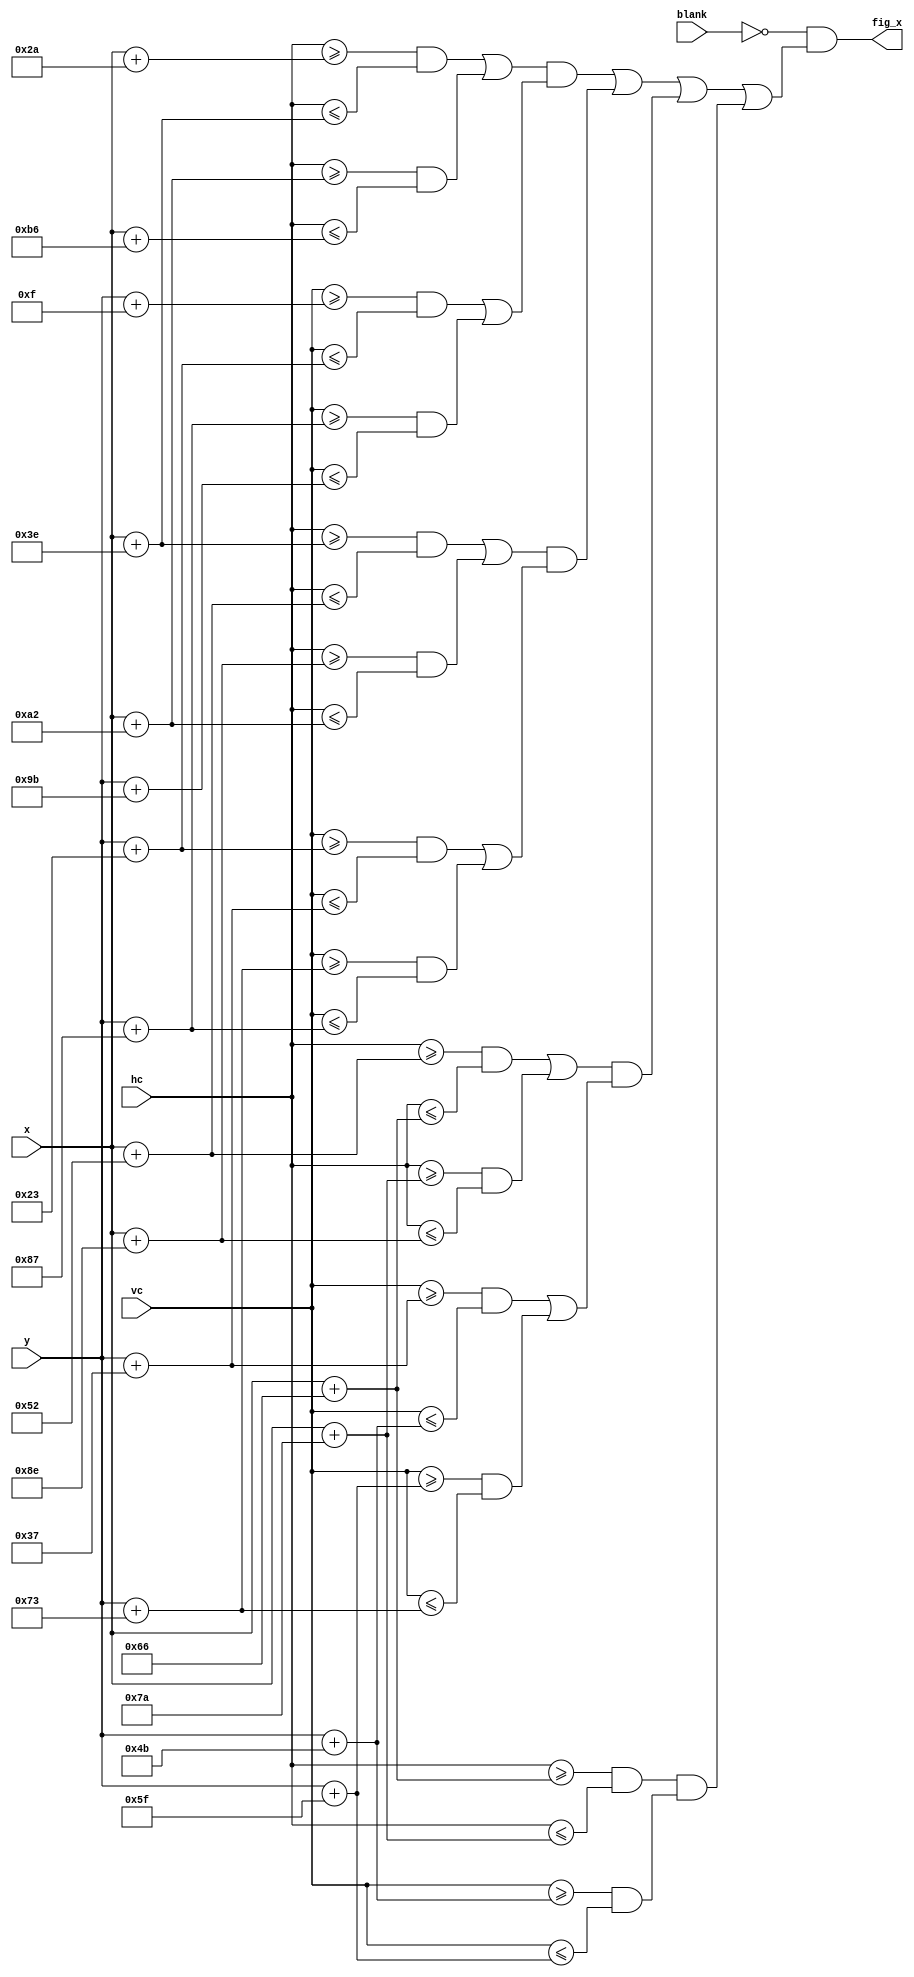
`timescale 1ns / 1ps
//////////////////////////////////////////////////////////////////////////////////
// Company: Boston University
// 
// Design Name: 	VGA sprites controller
// Module Name:    vga_bsprite 
// Project Name:  vga_display
// Target Devices: xc6slx16
// Tool versions: ISE 13.3
// Description: This project calls memory sprites to show on the screen
//
// Dependencies: game_over_mem, vga_controller
//
// Revision: 
// Revision 0.01 - File Created
// Additional Comments: 
//
//////////////////////////////////////////////////////////////////////////////////
module vga_bsprite_X(x, y, hc, vc, blank, fig_x);
	input [10:0] x, y;	// Coordinates of where the image will be placed
	input [10:0] hc, vc;	// Coordinates of the current pixel
	input blank;
	output reg fig_x;
	
//	reg [9:0] x, y;
	reg fig_x1,fig_x2,fig_x3,fig_x4;
	
	always @ (*) begin
//		if (hc >= x0 & hc < x1)		// make sure thath x1-x0 = image_width
////			x = hc-x0;	// offset the coordinates
//			x= 150;
//		else
//			x = 0;
//			
//		if (vc >= y0 & vc < y1)		// make sure that y1-y0 = image_height
////			y = vc - y0;	//offset the coordinates
//			y = 100;
//		else
//			y = 0;
	fig_x1 = (((hc >=x+42 & hc <= x+62)|(hc >= x+162 & hc <= x+182)) & ((vc >= y+15 & vc <= y+35)|(vc >= y+135 & vc <= y+155)));
	fig_x2 = (((hc >=x+62 & hc <= x+82)|(hc >= x+142 & hc <= x+162)) & ((vc >= y+35 & vc <= y+55)|(vc >= y+115 & vc <= y+135)));
	fig_x3 = (((hc >=x+82 & hc <= x+102)|(hc >= x+122 & hc <= x+142)) & ((vc >= y+55 & vc <= y+75)|(vc >= y+95 & vc <= y+115)));
	fig_x4 = ((hc >=x+102 & hc <= x+122) & (vc >= y+75 & vc <= y+95));
	fig_x = ~blank & (fig_x1|fig_x2|fig_x3|fig_x4);

	end
endmodule